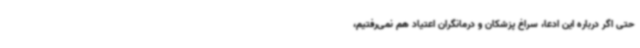
حتی اگر درباره این ادعا، سراغ پزشکان و درمانگران اعتیاد هم نمی‌رفتیم،